Annual report of the Bengal Veterinary College, and of the Civil Veterinary Department, Bengal, for the year 1901-1902 - 1901-1902
Year: 1901
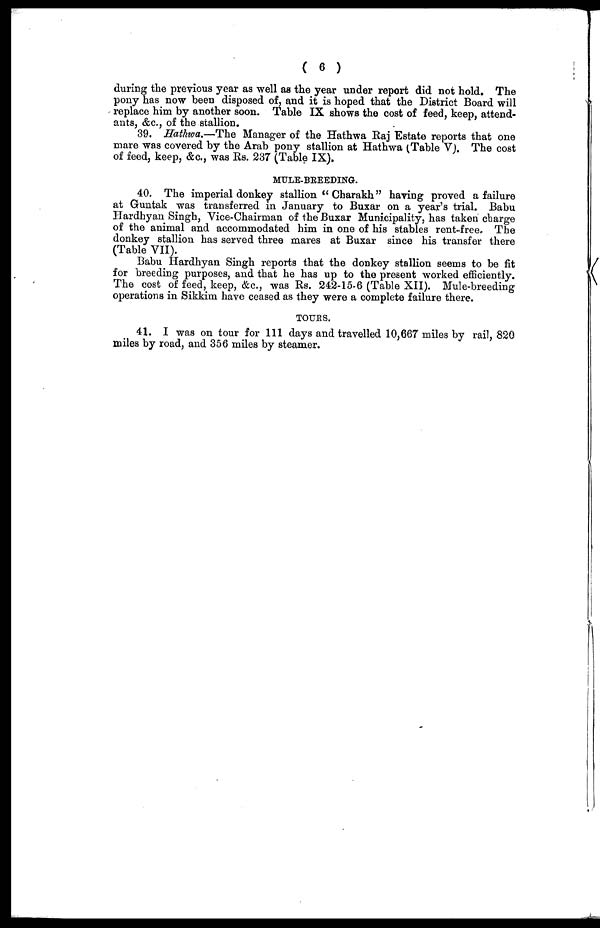
( 6 )
during the previous year as well as the year under report did not hold. The
pony has now been disposed of, and it is hoped that the District Board will
replace him by another soon. Table IX shows the cost of feed, keep, attend-
ants, &c., of the stallion.
39. Hathwa.—The Manager of the Hathwa Raj Estate reports that one
mare was covered by the Arab pony stallion at Hathwa (Table V). The cost
of feed, keep, &c., was Rs. 237 (Table IX).
MULE-BREEDING.
40. The imperial donkey stallion " Charakh." having proved a failure
at Guntak was transferred in January to Buxar on a year's trial. Babu
Hardhyan Singh, Vice-Chairman of the Buxar Municipality, has taken charge
of the animal and accommodated him in one of his stables rent-freer The
donkey stallion has served three mares at Buxar since his transfer there
(Table VII).
Babu Hardhyan Singh reports that the donkey stallion seems to be fit
for breeding purposes, and that he has up to the present worked efficiently.
The cost of feed, keep, &c., was Rs. 242-15-6 (Table XII). Mule-breeding
operations in Sikkim have ceased as they were a complete failure there.
TOURS.
41. I was on tour for 111 days and travelled 10,667 miles by rail, 820
miles by road, and 356 miles by steamer.